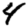
Digit: 4